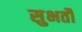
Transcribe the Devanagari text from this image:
सुभतौं